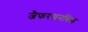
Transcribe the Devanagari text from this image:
जैफरसनविल